Vital statistics of India. Vol. VI, European troops 1870-79
Year: 1870
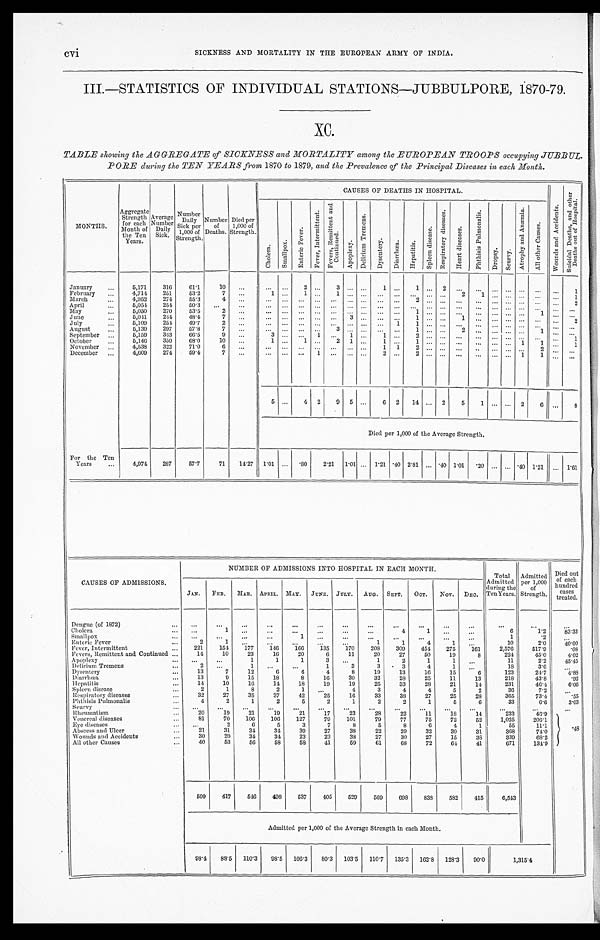
cvi
SICKNESS AND MORTALITY IN THE EUROPEAN ARMY OF INDIA.
III.—STATISTICS OF INDIVIDUAL STATIONS—JUBBULPORE, 1870-79.
XC.
TABLE showing the AGGREGATE of SICKNESS and MORTALITY among the EUROPEAN TROOPS occupying JUBBUL-
PORE during the TEN YEARS from 1870 to 1879, and the Prevalence of the Principal Diseases in each Month.
MONTHS. Aggregate Strength for each
Month of
the Ten
Years. Average Number Daily Sick.
Number Daily Sick per
1,000 of
Strength.
Number of Deaths.
Died per
1,000 of
Strength.
CAUS ES OF DEATHS I N HOS P I TAL.
W o u n d s a n d A c c i d e n t s .
S u i c i d a l D e a t h s , a n d o t h e r
D e a t h s o u t o f H o s p i t a l .
C h o l e r a . S m a l l p o x .
E n t e r i c F e v e r .
F e v e r , I n t e r m i t t e n t .
F e v e r s , R e m i t t e n t a n d
C o n t i n u e d .
A p o p l e x y .
D e l i r i u m T r e m e n s .
Dysent ery.
D i a r r h œ a .
He p a t i t i s .
S p l e e n d i s e a s e .
R e s p i r a t o r y d i s e a s e s .
H e a r t d i s e a s e s .
P h t h i s i s P u l m o n a l i s .
Dr o p s y . S c u r v y .
A t r o p h y a n d A n æ m i a .
A l l o t h e r c a u s e s .
January
5,171 316 61.1 10
2
3
1
1
2
1
F e b r u a r y 4,714 251 53.2 7
1
1
1
2 1
1
M a r c h
4,952 274 55.3
4
2
2
April
5,054 254 50.3
May
5,050 270 53.5 2
1
1
June
5,041 244 48.4
7
3
1
1
2
July
5,109 254 49.7
2
1 1
August
5,139 297 57.8
7
3
1
2
1
September
5,159 343 66.5 9
3
1
1
1
2
1
October
5,146 350 68.0 10
1
1
2 1
1
1
1 1
1
November
4,538 322 71.0
6
1 1 2
2
December
4,609 274 59.4 7
1
2
2
1 1
5
4 2 9 5
6 2 14
2 5 1
2 6
8
Died per 1,000 of the Average Strength.
For the Ten
Years
4,974 287 57.7 71 14.27 1.01
. 8 0 2.21 1.01 1.21 .40 2.81 .40 1.01 . 2 0
.40 1.21
1 . 6 1
CAUSES OF ADMISSIONS.
NUMBER OF ADMISSIONS INTO HOSPITAL IN EACH MONTH.
Total Admitted during the
Ten Years. A d m i t t e d
p e r 1 , 0 0 0
of S t r e n g t h .
Died out
of each
hundred cases treated.
JAN. FEB. MAR. APRIL. MAY. JUNE. JULY. AUG. SEPT. OCT. NOV. DEC.
Dengue (of 1872)
Cholera
1
4
1
6
1. 2
83. 33
Smallpox
1
1
.2
Enteric Fever
2 1
1
1
4
1
10
2. 0
40. 00
Fever, Intermittent
221 154 177 146 166 135 170 208 309 454 275 161 2,576 517. 9
. 08
Fevers, Remittent and Continued
14 10 23 16 20
6 11 20 27 50 19
8
224
45. 0
4. 02
Apoplexy
1
1
1
3
1
2
1
1
11
2. 2
45. 45
Delirium Tremens
2
1
1
3
3
3
4
1
18
3. 6
Dysentery
1 3 7 12
6
4
4
8 19 13 16 15
6
123
24. 7
4. 88
Diarrhœa
13
9 15 18
8 16 30 32 28 25 11 13
218
43. 8
.92
Hepatitis
14 10 16 14 18 19 19 25 33 28 21 14
231
46. 4
6. 06
Spleen disease
2 1
8
2
1
4
3
4
4
5
2
36
7. 2
R e s p i r a t o r y d i s e a s e s
3 2 27 35 37 42 25 16 33 38 27 25 28
365
73. 4
.55
Phthisis Pulmonalis
4
2
1
2
5
2
1
2
2
1
5
6
33
6. 6
3. 03
Scurvy Rheumatism
20 19 21 19 21
1 7 23 28
2 2 11 18 14
233
46. 9
. 48
Venereal diseases
8 1 70 106 106 127 79 101 79 77 75 72 52 1,025 206. 1
Eye diseases
2
6
5
3
7
8
5
8 6
4
1
55
11. 1
Abscess and Ulcer
21 31 34 34 39 27 38 22 29 32 30 31
368
74. 0
Wounds and Accidents
3 0 20 34 34 23 23 38 27 30 27 15 38
339
68. 2
All other Causes
40 53 56 58 58 41 59 61 68 72 64 41
671 134. 9
509 417 546 498 537 405 529 569 698 838 582 415 6, 543
Admitted per 1,000 of the Average Strength in each Month.
98.4 88.5 110.3 98.5 106.3 80.3 103.5 110.7 135.3 162.8 128.3 90. 0
1 , 3 1 5 . 4